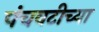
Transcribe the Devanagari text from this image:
पंचवटीच्या